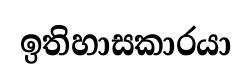
ඉතිහාසකාරයා